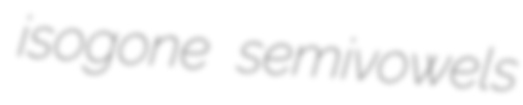
isogone semivowels